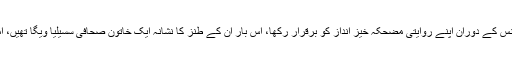
تفصیلات کے مطابق امریکی صدر ڈونلڈ ٹرمپ نے وائٹ ہاؤس میں پریس کانفرنس کے دوران اپنے روایتی مضحکہ خیز انداز کو برقرار رکھا، اس بار ان کے طنز کا نشانہ ایک خاتون صحافی سسیلیا ویگا تھیں، امریکی صدر کے غیرمتوقع ردعمل پر خاتون صحافی حیران اور پریشان رہ گئیں۔